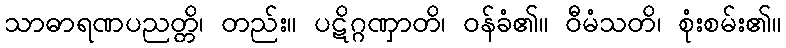
သာဓာရဏပညတ္တိ၊ တည်း။ ပဋိဂ္ဂဏှာတိ၊ ဝန်ခံ၏။ ဝီမံသတိ၊ စုံးစမ်း၏။